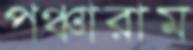
পঞ্চারাম